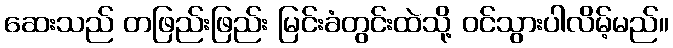
ဆေးသည် တဖြည်းဖြည်း မြင်းခံတွင်းထဲသို့ ဝင်သွားပါလိမ့်မည်။